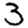
Digit: 3